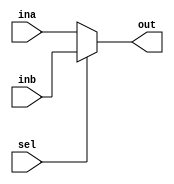
/*
module sel (ina, inb, sel, out);
assign out = (sel & ina) | (~sel & inb);
endmodule
*/

module sel(ina, inb, sel, out);
  input ina, inb, sel;
  output out;
  reg out;

  always@(ina or inb or sel)
  begin
    if(sel) out = inb;
    else out = ina;
  end
endmodule


module test;
 reg a, b, s;
  sel sel1(a, b, s, o);
  initial begin
    $monitor("a = ", a, ", b = ", b, ", s = ", s, ", o = ", o);
  a = 1;
  b = 0;
  s = 1;

$dumpfile("sel vcd");
$dumpvars(0, test);

  #10
  s = 0;
  #10
  $finish;

  end
endmodule